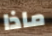
ماذا